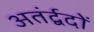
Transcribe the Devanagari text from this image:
अतंर्द्वदों